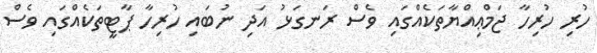
ހުރި ހުރިހާ ޖަމްޢިއްޔާތަކެއްގައި ވެސް ރަނގަޅު އަދި ނުބައި ހުރިހާ ޕާޓީތަކެއްގައި ވެސް